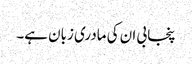
پنجابی ان کی مادری زبان ہے۔